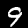
Label: 9